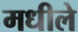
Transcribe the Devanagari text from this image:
मधीले